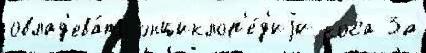
овлад'ева́ть энциклоп'е́д'иjи коса За